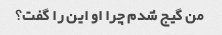
من گیج شدم چرا او این را گفت؟